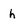
Character: h